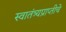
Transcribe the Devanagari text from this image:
स्वातंत्र्यप्राप्तीचे